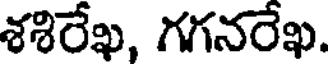
శశిరేఖ, గగనరేఖ.